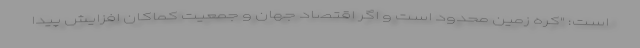
است: "کره زمین محدود است و اگر اقتصاد جهان و جمعیت کماکان افزایش پیدا